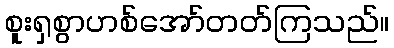
စူးရှစွာဟစ်အော်တတ်ကြသည်။